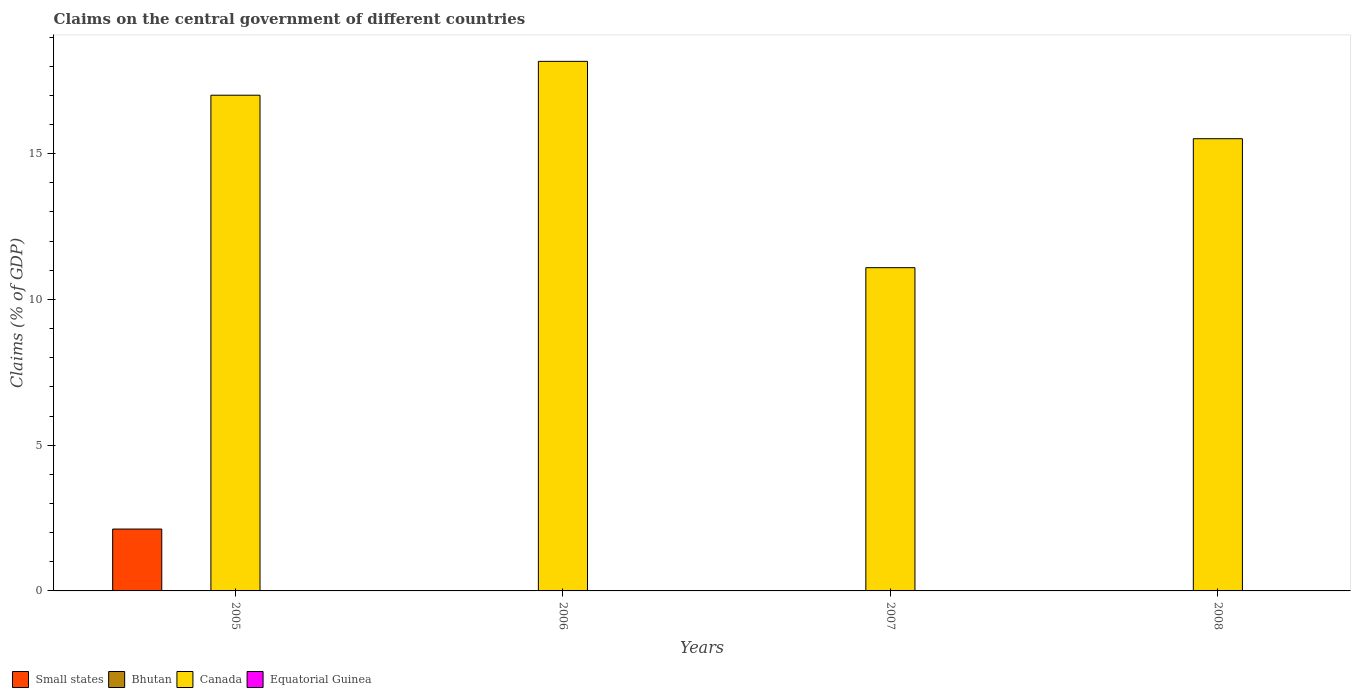
| Years | Small states | Bhutan | Canada | Equatorial Guinea |
 | --- | --- | --- | --- | --- |
 | 2005 | 2.12 | -0.741 | 17 | -23.7 |
 | 2006 | -1.76 | -3.39 | 18.2 | -28.3 |
 | 2007 | -5.52 | -5.5 | 11.1 | -29.5 |
 | 2008 | -6.08 | -13.9 | 15.5 | -28.9 |